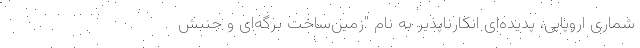
‌شماری اروپایی، پدیده‌ای انکارناپذیر به نام "زمین‌ساخت برگه‌ای و جنبش